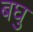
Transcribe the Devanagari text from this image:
बघु